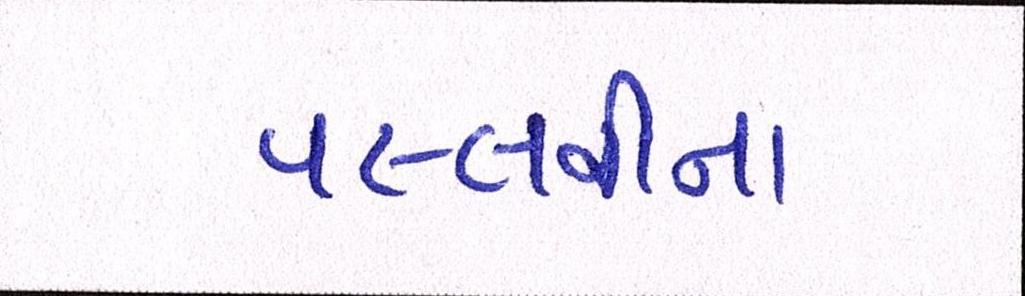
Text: પલ્લવીના